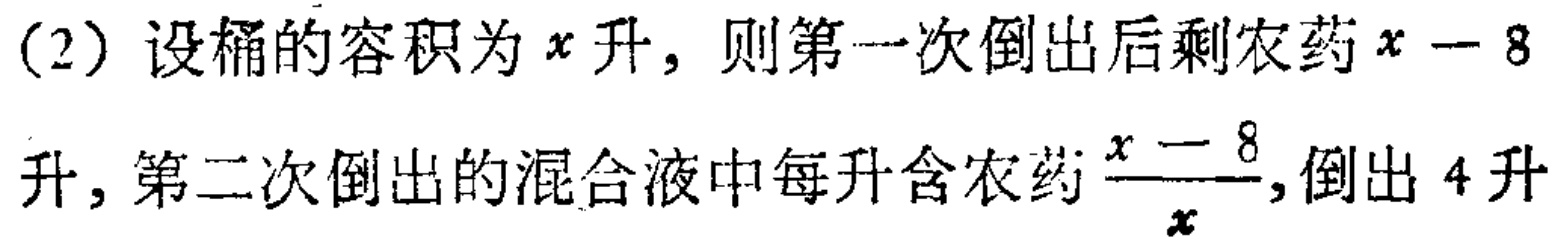
(2) 设桶的容积为\(x\)升，则第一次倒出后剩农药\(x - 8\)升，第二次倒出的混合液中每升含农药\(\frac{x - 8}{x}\)，倒出\(4\)升